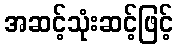
အဆင့်သုံးဆင့်ဖြင့်